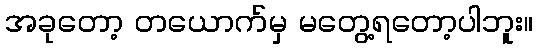
အခုတော့ တယောက်မှ မတွေ့ရတော့ပါဘူး။